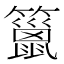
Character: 䉭